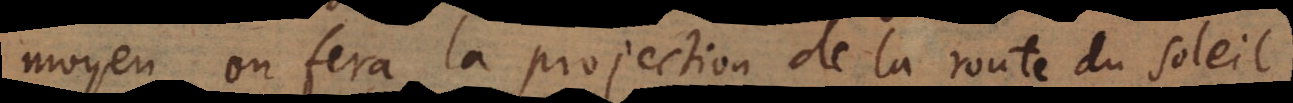
moyen on fera la projection de la route du soleil